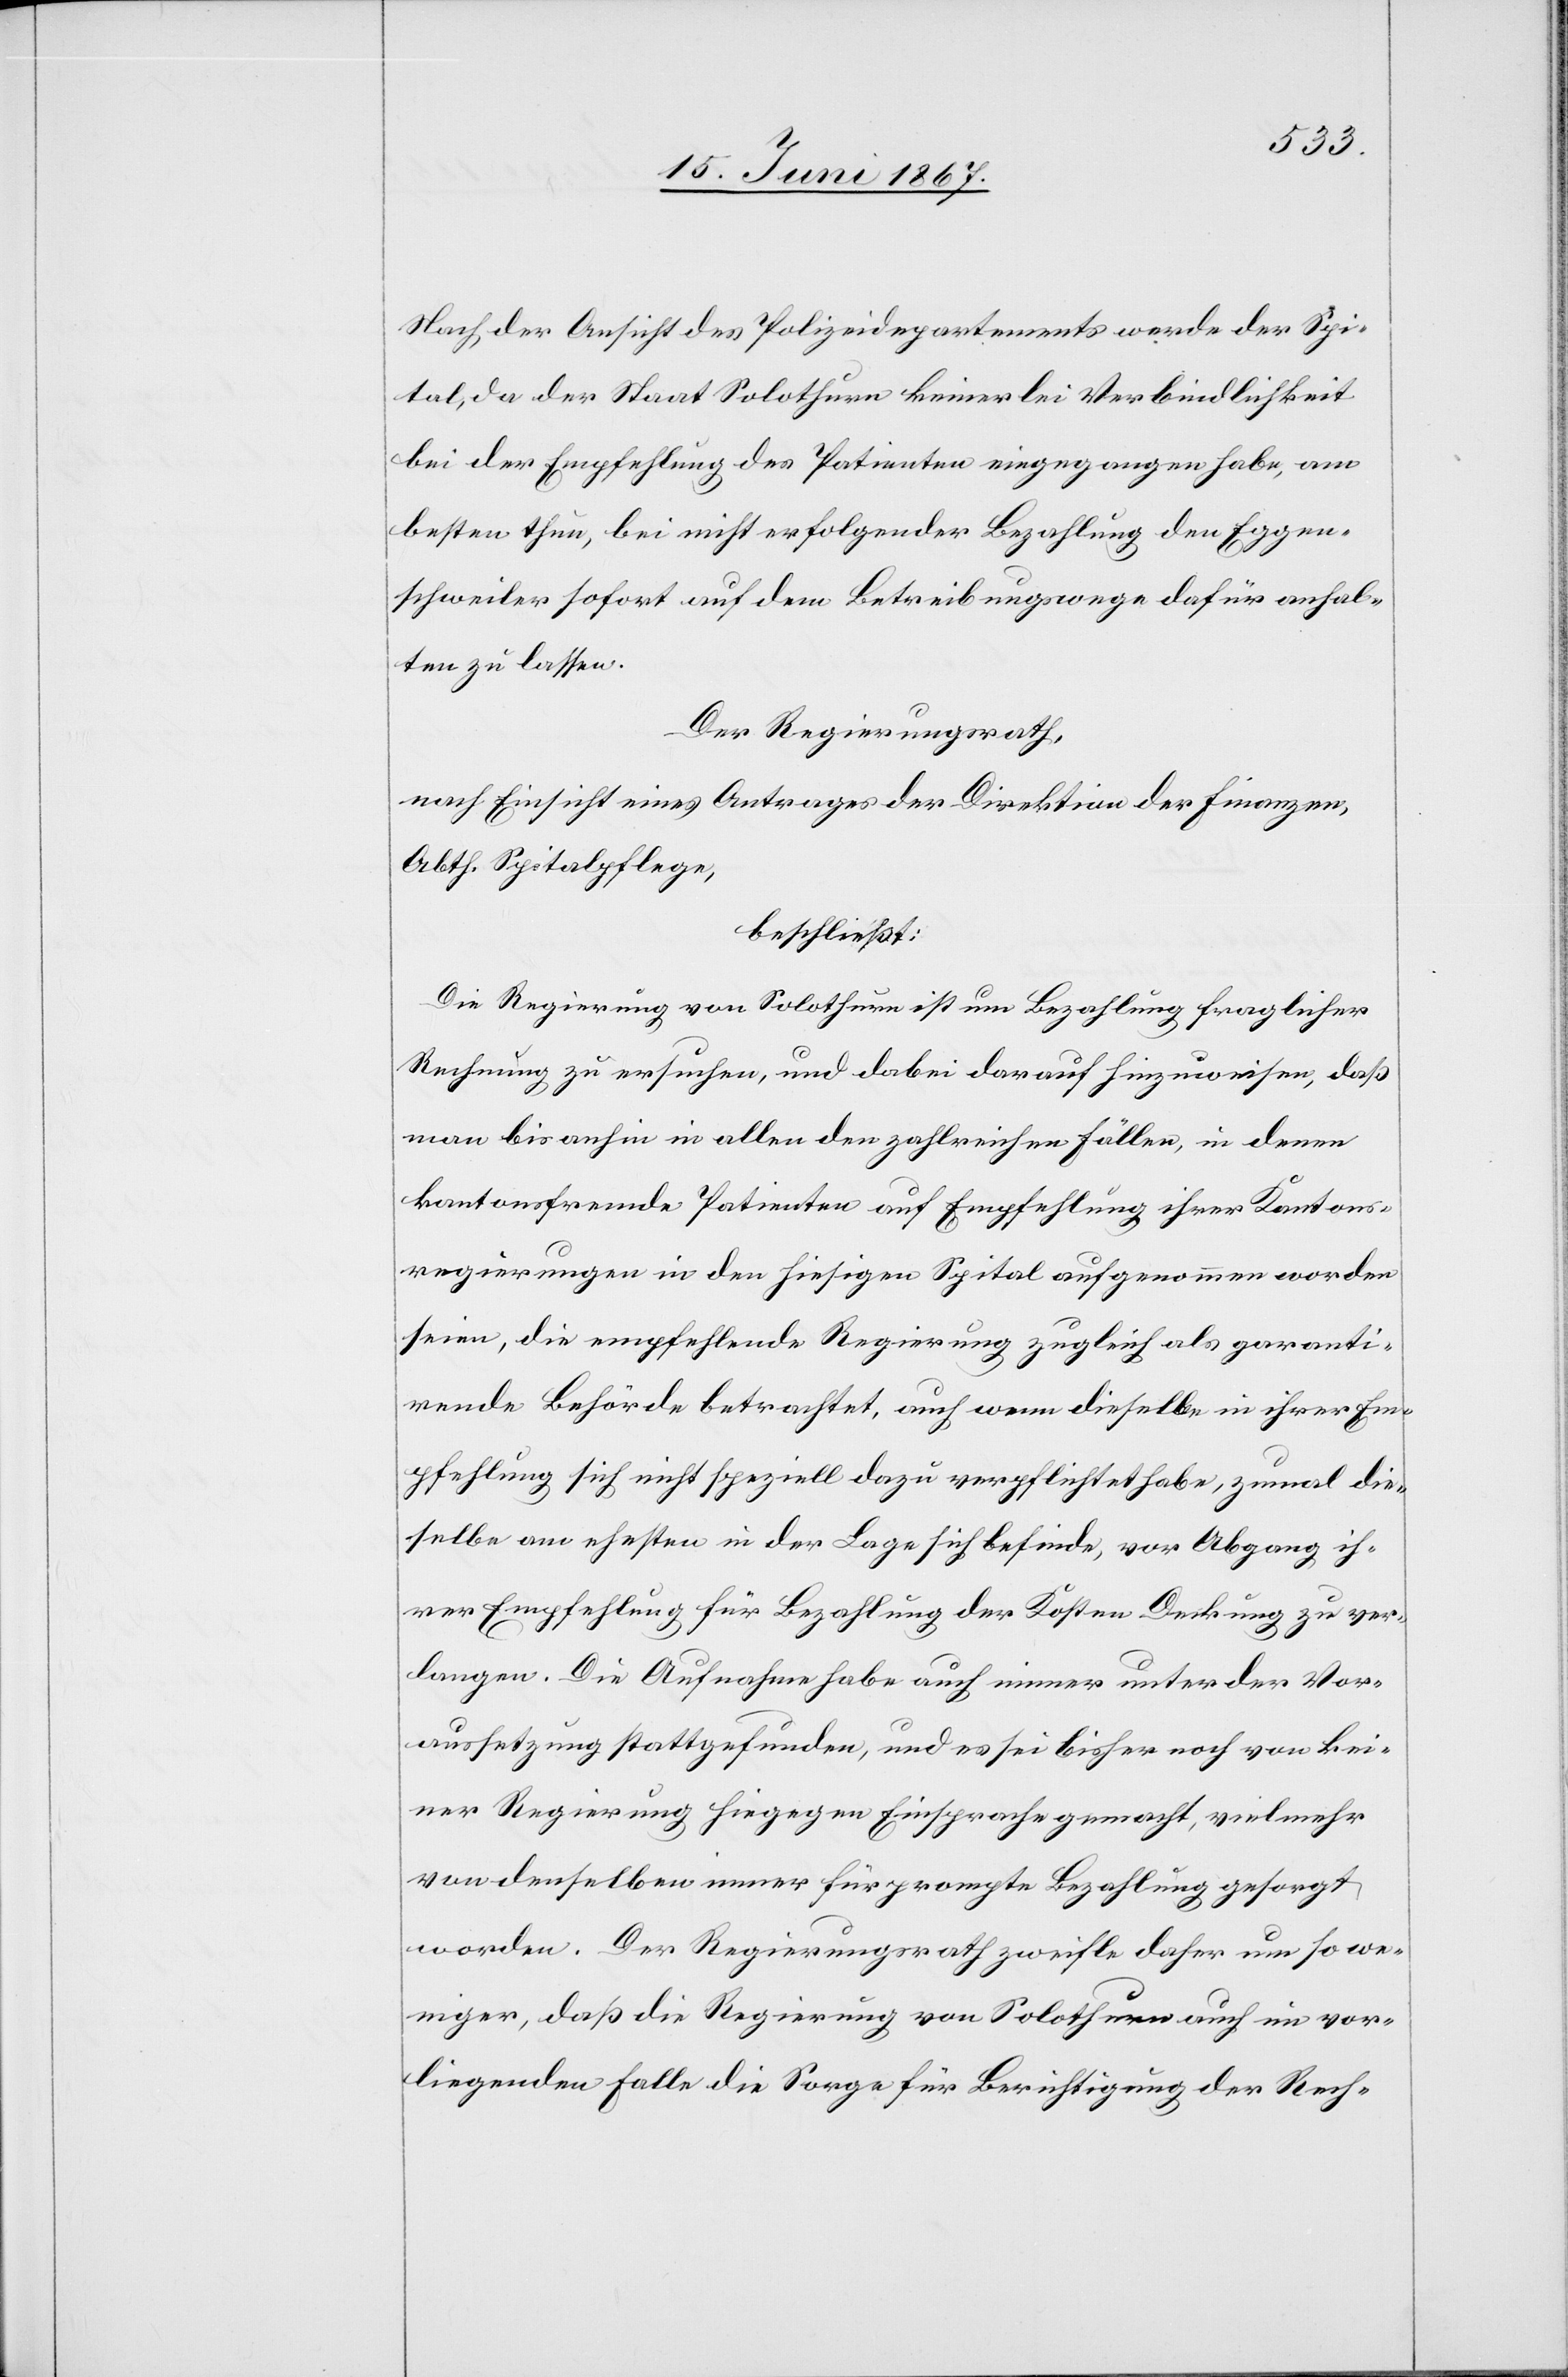
Nach der Ansicht des Polizeidepartements werde der Spi¬
tal, da der Staat Solothurn keinerlei Verbindlichkeit
bei der Empfehlung des Patienten eingegangen habe, am
besten thun, bei nicht erfolgender Bezahlung den Egge¬
schweiler sofort auf dem Betreibungswege dafür anhal¬
ten zu lassen.
Der Regierungsrath,
nach Einsicht eines Antrages der Direktion der Finanzen,
Abth. Spitalpflege,
beschließt:
Die Regierung von Solothurn ist um Bezahlung fraglicher
Rechnung zu ersuchen, und dabei darauf hinzuweisen, daß
man bis anhin in allen den zahlreichen Fällen, in denen
kantonsfremde Patienten auf Empfehlung ihrer Kantons¬
regierung in den hiesigen Spital aufgenommen worden
seien, die empfehlende Regierung zugleich als garanti¬
rende Behörde betrachtet, auch wenn dieselbe in ihrer Em¬
pfehlung sich nicht speziell dazu verpflichtet habe, zumal die¬
selbe am ehesten in der Lage sich befinde, vor Abgang ih¬
rer Empfehlung für Bezahlung der Kosten Deckung zu ver¬
langen. Die Aufnahme habe auch immer unter der Vor¬
aussetzung stattgefunden, und es sei bisher noch von kei¬
ner Regierung hingegen Einsprache gemacht, vielmehr
von denselben immer für prompte Bezahlung gesorgt
worden. Der Regierungsrath zweifle um so we¬
niger, daß die Regierung von Solothurn auch im vor¬
liegenden Falle die Sorge für Berichtigung der Rech-